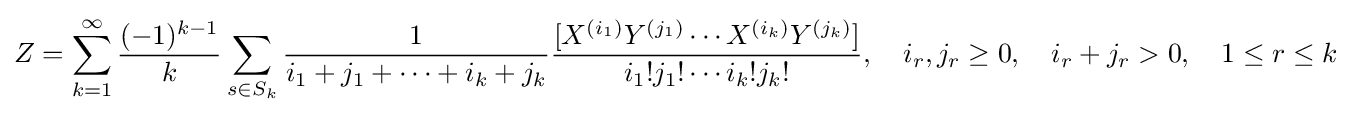
Z=\sum _{k=1}^{\infty }{\frac {(-1)^{k-1}}{k}}\sum _{s\in S_{k}}{\frac {1}{i_{1}+j_{1}+\cdots +i_{k}+j_{k}}}{\frac {[X^{(i_{1})}Y^{(j_{1})}\cdots X^{(i_{k})}Y^{(j_{k})}]}{i_{1}!j_{1}!\cdots i_{k}!j_{k}!}},\quad i_{r},j_{r}\geq 0,\quad i_{r}+j_{r}>0,\quad 1\leq r\leq k